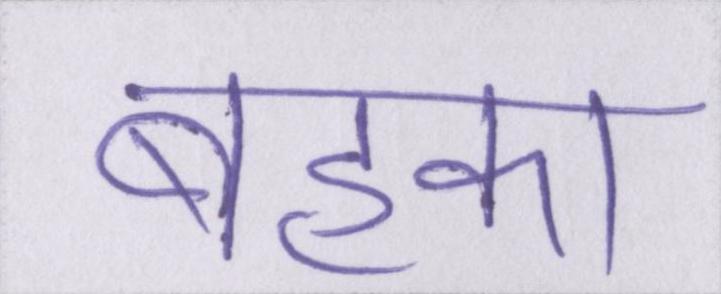
बहका